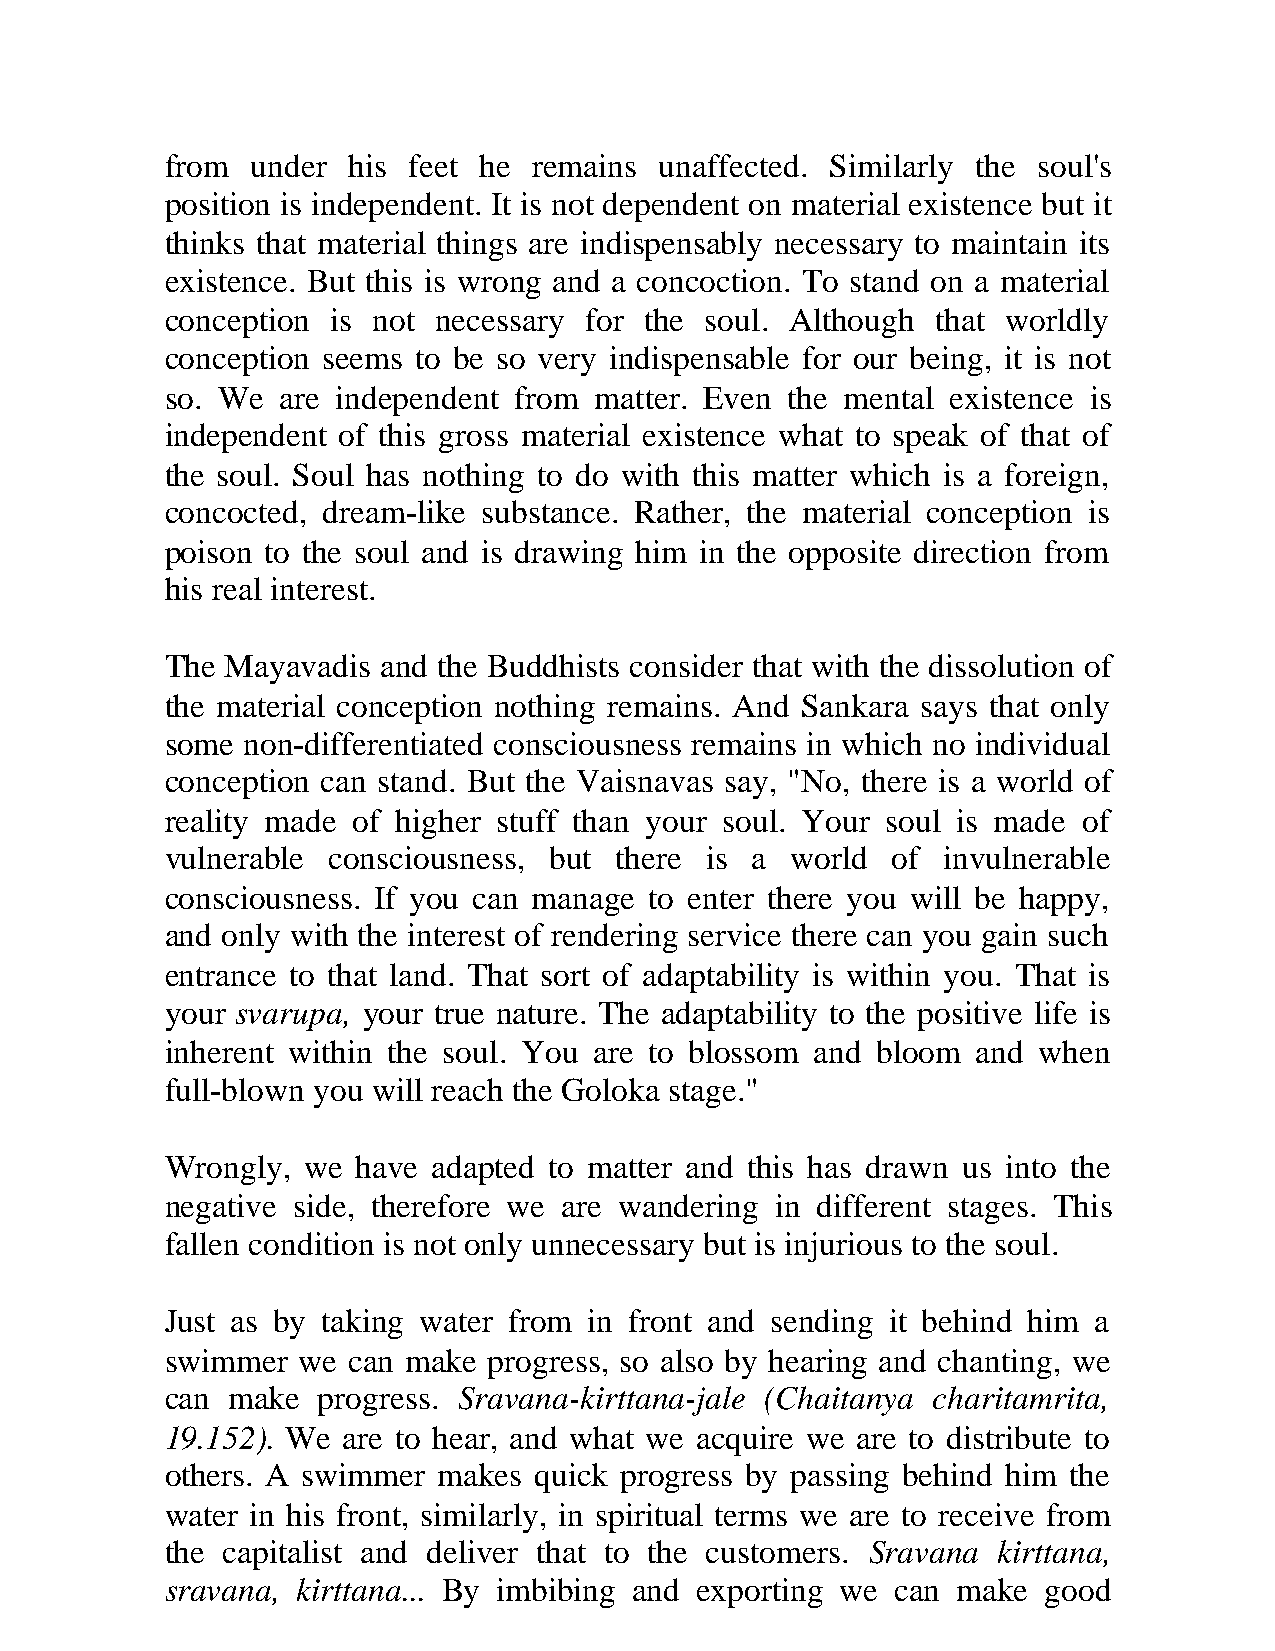
from  under his feet he remains  unaffected. Similarly the soul's
 position is independent. It is not dependent on material existence but it
 thinks that material things are indispensably necessary to maintain its
 existence. But this is wrong and a concoction. To stand on a material
 conception is not necessary for the soul. Although that worldly
 conception seems to be so very indispensable for our being, it is not
 so. We  are independent from matter. Even the mental existence is
 independent of this gross material existence what to speak of that of
 the soul. Soul has nothing to do with this matter which is a foreign,
 concocted, dream-like substance. Rather, the material conception is
 poison to the soul and is drawing him in the opposite direction from
 his real interest.
 The Mayavadis and the Buddhists consider that with the dissolution of
 the material conception nothing remains. And Sankara says that only
 some non-differentiated consciousness remains in which no individual
 conception can stand. But the Vaisnavas say, "No, there is a world of
 reality made of higher stuff than your soul. Your soul is made of
 vulnerable consciousness, but there is a world  of invulnerable
 consciousness. If you can manage to enter there you will be happy,
 and only with the interest of rendering service there can you gain such
 entrance to that land. That sort of adaptability is within you. That is
 your svarupa, your true nature. The adaptability to the positive life is
 inherent within the soul. You are to blossom and bloom and when
 full-blown you will reach the Goloka stage."
 Wrongly, we  have adapted to matter and this has drawn us into the
 negative side, therefore we are wandering in different stages. This
 fallen condition is not only unnecessary but is injurious to the soul.
 Just as by taking water from in front and sending it behind him a
 swimmer  we can make progress, so also by hearing and chanting, we
 can make  progress. Sravana-kirttana-jale (Chaitanya charitamrita,
 19.152). We are to hear, and what we acquire we are to distribute to
 others. A swimmer makes quick progress by passing behind him the
 water in his front, similarly, in spiritual terms we are to receive from
 the capitalist and deliver that to the customers. Sravana kirttana,
 sravana, kirttana... By imbibing and exporting we can make good